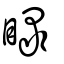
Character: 睩